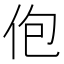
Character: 佨